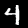
Digit: 4